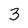
Character: 3